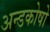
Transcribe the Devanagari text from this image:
अन्डकोषो